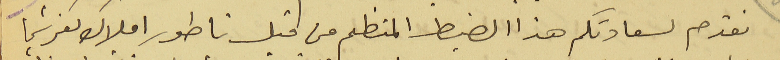
نقدم لسعادتكم هذا الضبط المنظم من قبل ناطور املاك كفرشيما